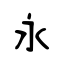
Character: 永